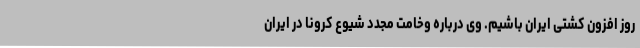
روز افزون کشتی ایران باشیم. وی درباره وخامت مجدد شیوع کرونا در ایران